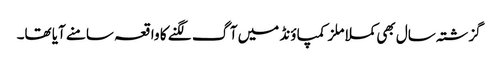
گزشتہ سال بھی کملا ملز کمپاؤنڈ میں آگ لگنے کا واقعہ سامنے آیا تھا۔